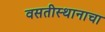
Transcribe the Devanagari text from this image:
वसतीस्थानाचा